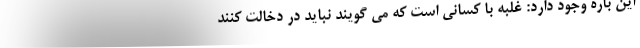
این باره وجود دارد: غلبه با کسانی است که می گویند نباید در دخالت کنند